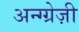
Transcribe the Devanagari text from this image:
अन्ग्ग्रेज़ी